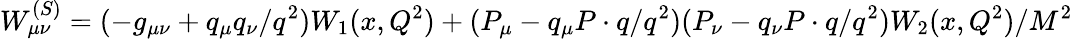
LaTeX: W_{\mu\nu}^{(S)}=(-g_{\mu\nu}+{q_{\mu}q_{\nu}}/{q^{2}})W_{1}(x,Q^{2})+(P_{\mu}-q_{\mu}{P\cdot q}/{q^{2}})(P_{\nu}-q_{\nu}{P\cdot q}/{q^{2}}){W_{2}(x,Q^{2})}/{M^{2}}